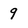
Character: 9